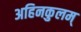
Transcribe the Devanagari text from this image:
अहिनकुलम्